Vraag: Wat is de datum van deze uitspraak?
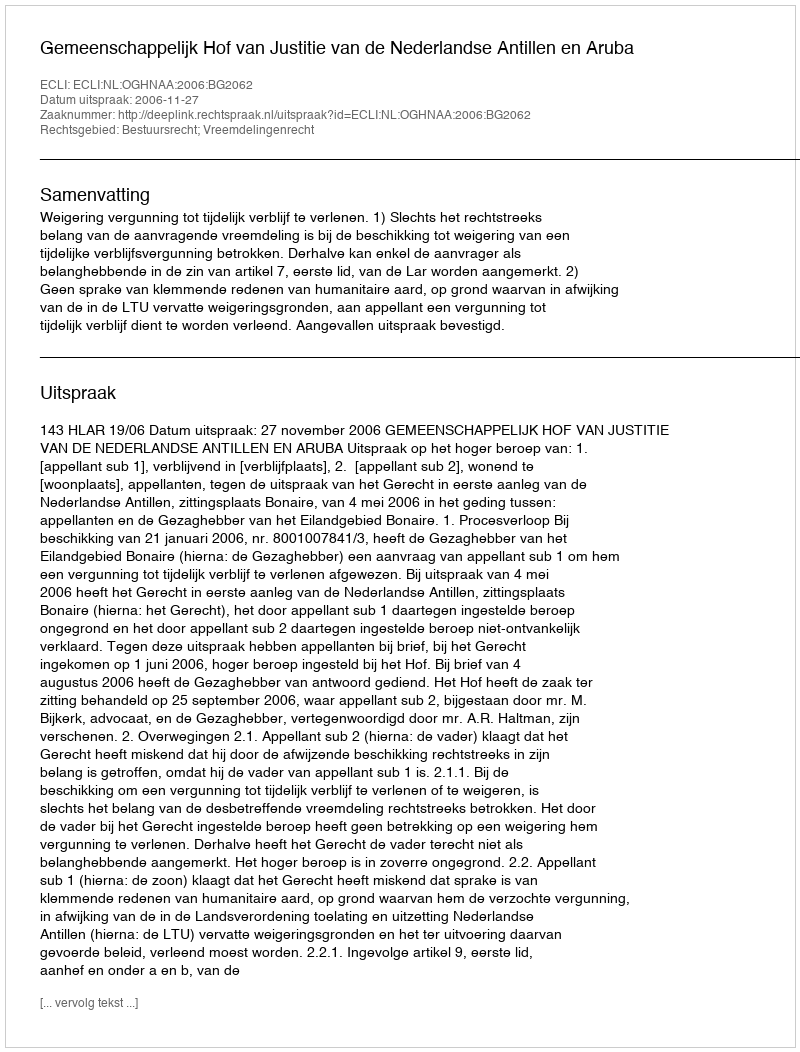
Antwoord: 2006-11-27